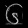
Digit: ၆